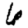
Digit: 6